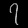
Digit: ၇